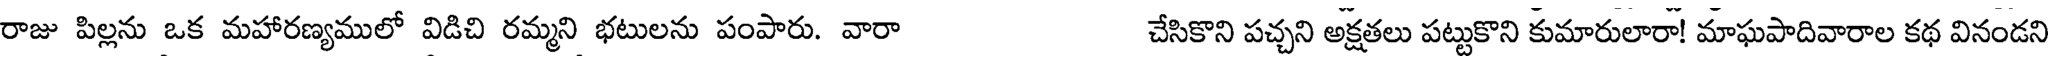
రాజు పిల్లను ఒక మహారణ్యములో విడిచి రమ్మని భటులను పంపారు. వారా చేసికొని పచ్చని అక్షతలు పట్టుకొని కుమారులారా! మాఘపాదివారాల కథ వినండని